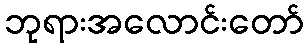
ဘုရားအလောင်းတော်